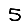
Digit: 5